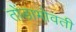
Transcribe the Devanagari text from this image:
तोंडाभोवती